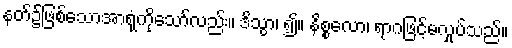
နတ်၌ဖြစ်သောအာရုံကိုသော်လည်း။ ဒိသွာ၊ ၍။ နိစ္စလော၊ ရာဂဖြင့်မလှုပ်သည်။